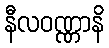
နီလဝဏ္ဏာနိ